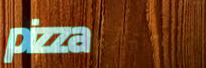
pizza